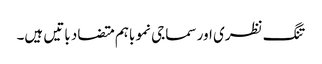
تنگ نظری اور سماجی نمو باہم متضاد باتیں ہیں۔